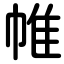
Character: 帷